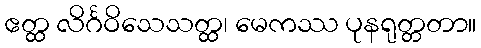
ဧတ္ထ လိင်္ဂဝိသေသတ္ထ၊ မေကဿ ပုနရုတ္တတာ။